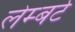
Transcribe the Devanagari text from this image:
लेम्‍बर्ट